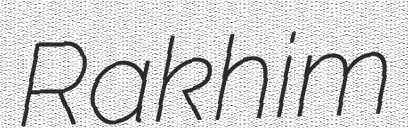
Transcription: Rakhim